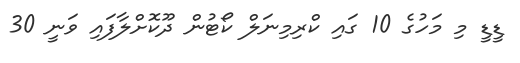
ޑީޑީ މި މަހުގެ 10 ގައި ކްރިމިނަލް ކޯޓުން ދޫކޮށްލާފައި ވަނީ 30